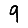
Digit: 9